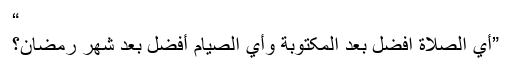
“
”أي الصلاة افضل بعد المکتوبة وأي الصيام أفضل بعد شهر رمضان؟